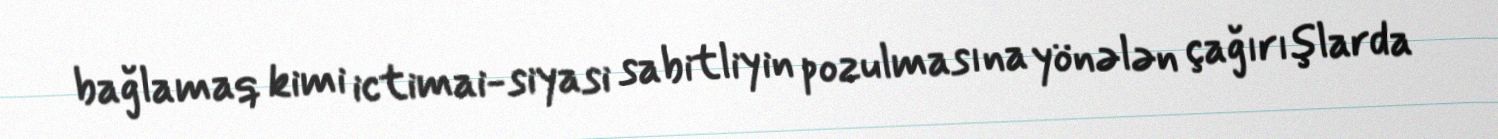
bağlamaq kimi ictimai-siyasi sabitliyin pozulmasına yönələn çağırışlarda